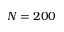
N = 2 0 0